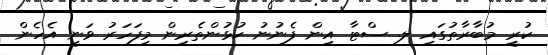
ކުރީ މުބާރާތުގައި ލ. ސްޓާ އިން ފެނުނު ކުޅުންތެރިން މިފަހަރު ވަނީ އެހެން